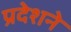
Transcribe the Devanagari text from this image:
प्रदेशने